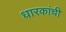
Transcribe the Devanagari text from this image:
धारकांची